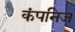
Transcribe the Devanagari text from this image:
कंपनिज